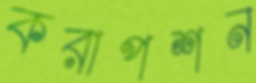
করাপশন